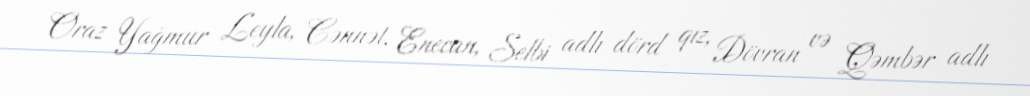
Oraz Yağmur Leyla, Cənnət, Enecan, Selbi adlı dörd qız, Dövran və Qəmbər adlı